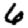
Digit: 6